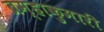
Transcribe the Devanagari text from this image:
ब्रम्हाकुमारी